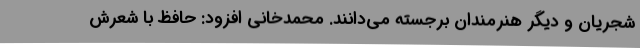
شجریان و دیگر هنرمندان برجسته می‌دانند. محمدخانی افزود: حافظ با شعرش